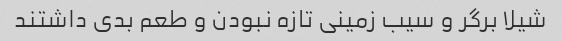
شیلا برگر و سیب زمینی تازه نبودن و طعم بدی داشتند